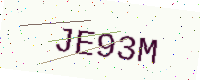
Text: JE93M